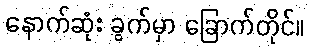
နောက်ဆုံး ခွက်မှာ ခြောက်တိုင်။